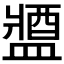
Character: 𨡰